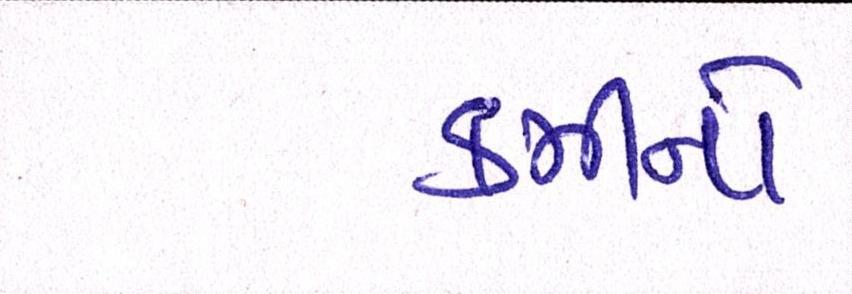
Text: કમીનો